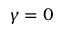
\gamma = 0